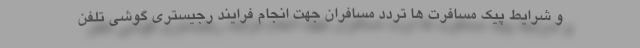
و شرایط پیک مسافرت ها تردد مسافران جهت انجام فرایند رجیستری گوشی تلفن